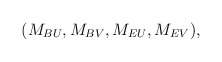
\begin{align*}\begin{aligned}(M_{BU},M_{BV},M_{EU},M_{EV}),\end{aligned}\end{align*}